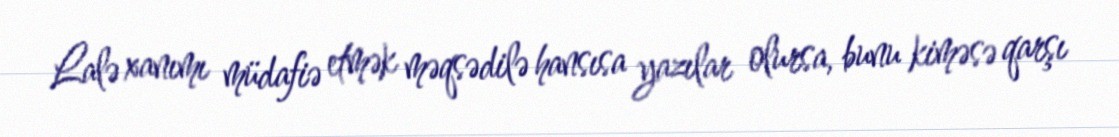
Lalə xanımı müdafiə etmək məqsədilə hansısa yazılar olursa, bunu kiməsə qarşı